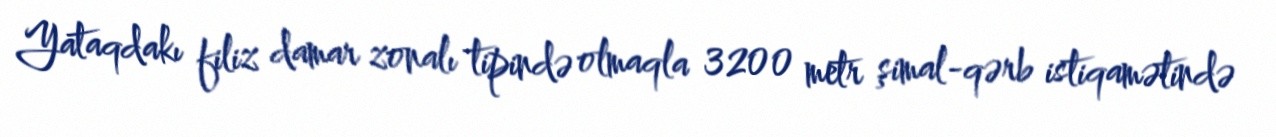
Yataqdakı filiz damar zonalı tipində olmaqla 3200 metr şimal-qərb istiqamətində